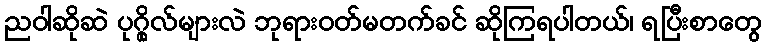
ညဝါဆိုဆဲ ပုဂ္ဂိုလ်များလဲ ဘုရားဝတ်မတက်ခင် ဆိုကြရပါတယ်၊ ရပြီးစာတွေ